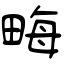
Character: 畮